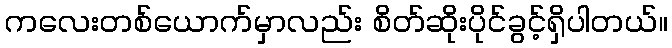
ကလေးတစ်ယောက်မှာလည်း စိတ်ဆိုးပိုင်ခွင့်ရှိပါတယ်။